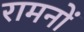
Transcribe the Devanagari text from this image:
रामनों